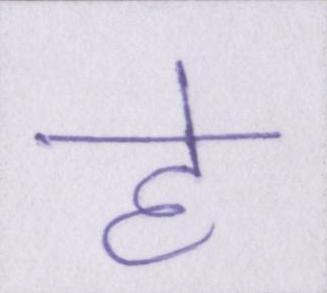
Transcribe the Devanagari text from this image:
हे